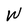
Character: W